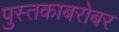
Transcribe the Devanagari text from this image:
पुस्तकाबरोबर